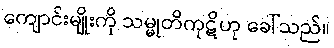
ကျောင်းမျိုးကို သမ္မုတိကုဋိဟု ခေါ်သည်။